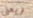
ويعني